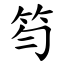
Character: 笉